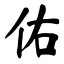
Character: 佑